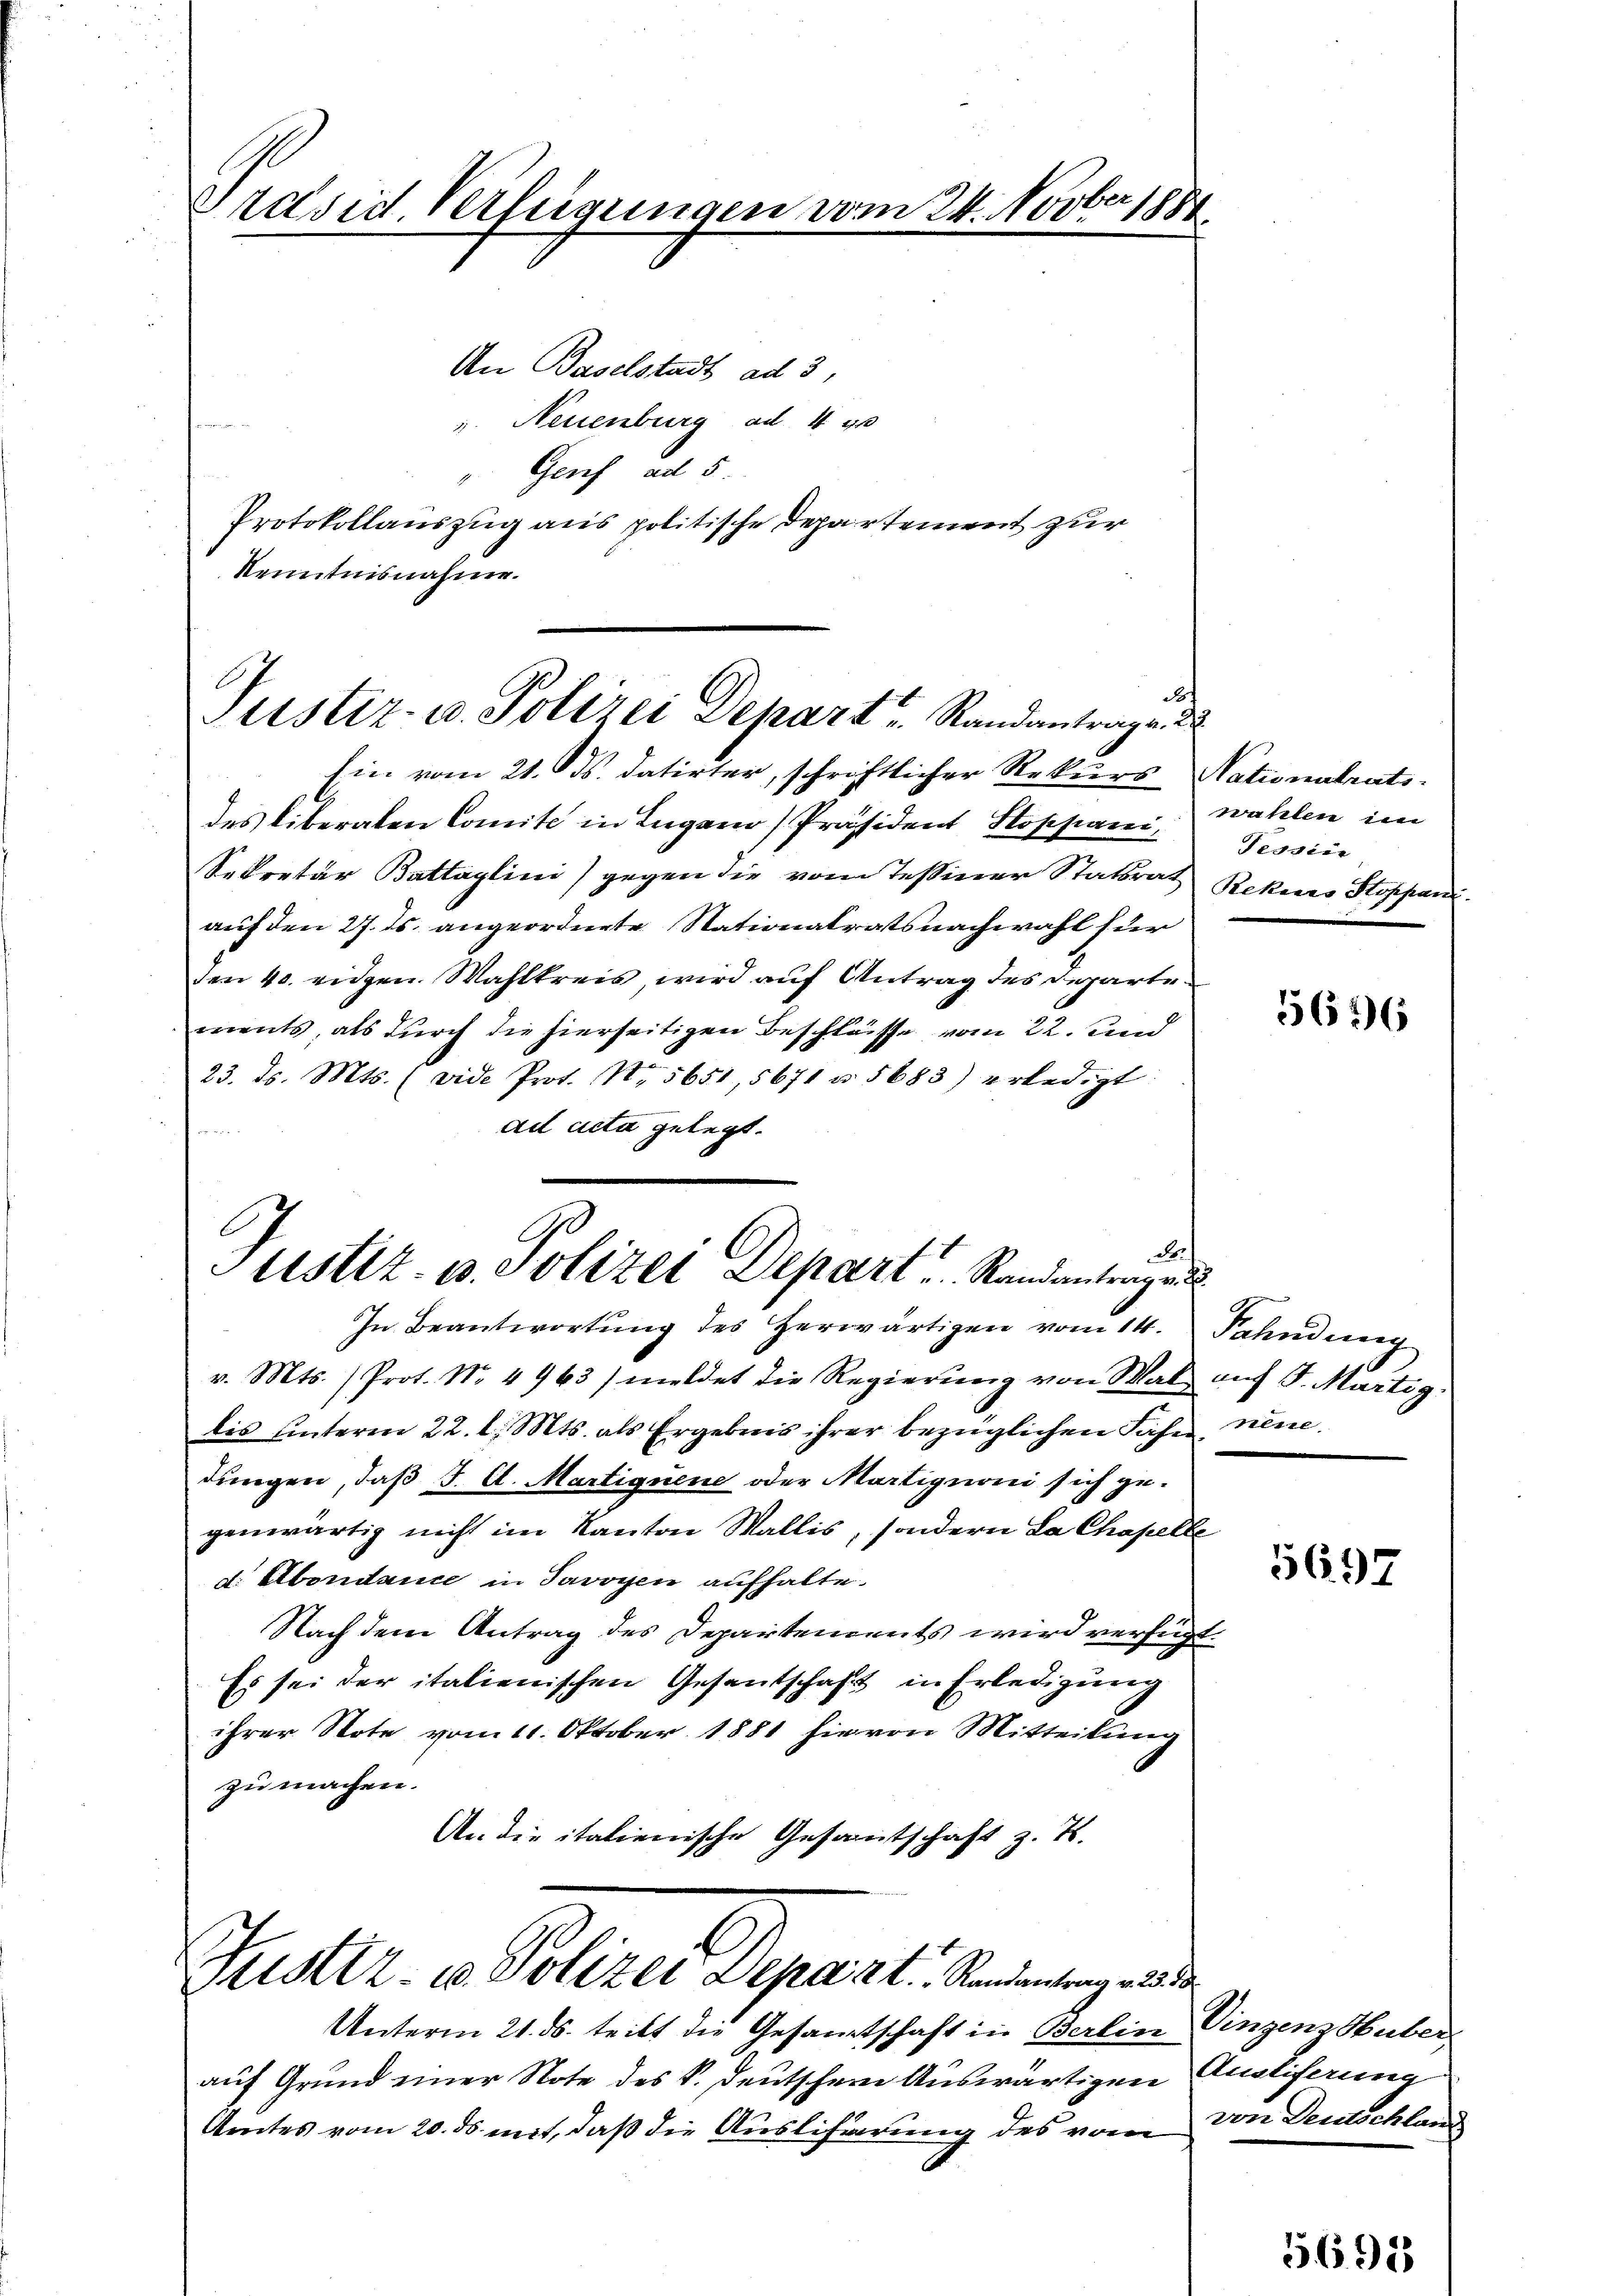
Präsid. Verfügungen vom 24. Novber 1881

An Baselstadt ad 3,
u. Neuenburg ad 4 g
Genf ad 5.
Protokollauszug aus politische Departement zur
Kenntnisnahme.

Ein vom 21. ds. datirter, schriftlicher Rekurs Nationalrats-
des liberaten Comité in Lugano Präsident Stoppani wahlen im
Sekretär Battaglini) gegen die vom Teßiner Statsrat
auf den 27. ds. angeordnete Stationalratsnachwahl für
dan 40. eidgen. Wahlkreis, wird auf Antrag des Departements, als durch die hierseitigen Beschlüsse vom 22. und
23. ds. Mts. (vide Prot. N. 5651, 5671 u. 5683) erledigt:
ad acta gelegt.
B

In Beantwortŭng des herwärtigen vom 14. Fahndung
v. Mts. (Prot. No. 4963) meldet die Regierŭng von Mal auf S. Martig.
bis hinterm 22. l. Mts. als Ergebnis ihrer bezüglichen Faser, neuedungen, daß J. A. Martignene oder Martignoni sich gegenwärtig nicht im Kanton Wallis, sondern La Chapelle
d. Abendance in Javoyen aufhalte.
Nach dem Antrag des Departements wird verfügt.
Es sei der italienischen Gesantschaft in Erledigung
ihrer Note vom 11. Oktober 1881 hievon Mitteilung
zu machen.
An die italienische Gesamtschaft z. T.

Justiz- u. Polizei Depart u. Randantrage d

d
Justiz- u. Polizei Depart Randantragen

Justiz- u. Polizei Depart. Randantrag aus de

Unterm 21. ds. teilt die Gesamtschaft in Berlin Eingenz Huber
auf Grund einer Note des k. deutschem Auswärtigen
Amtes vom 20. ds. mit, daß die Auslisierung des vom von Deutschland

f

Tessier
Rekurs Stoppani

5676

5697

Ansliferung

569)